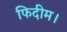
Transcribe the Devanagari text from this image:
फिदीम।